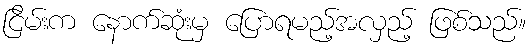
ငြိမ်းက နောက်ဆုံးမှ ပြောရမည့်အလှည့် ဖြစ်သည်။